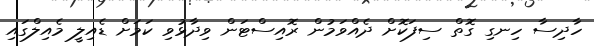
ހާދިސާ ހިނގި ގޮތް ސިފަކޮށް ދެއްވަމުން ރޮއިސްޓަން ވިދާޅުވި ކަމަށް ޑެއިލީ މެއިލްގައި